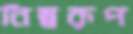
নিম্নরূপ